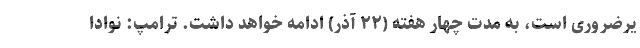
یرضروری است، به مدت چهار هفته (۲۲ آذر) ادامه خواهد داشت. ترامپ: نوادا